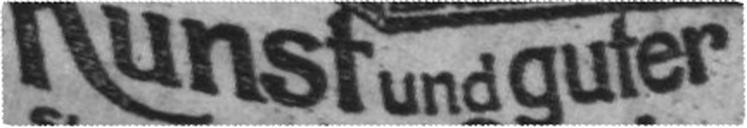
Kunst und guter